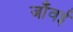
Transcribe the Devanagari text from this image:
जाँवई